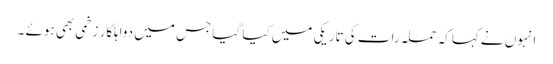
انہوں نے کہاکہ حملہ رات کی تاریکی میں کیا گیا جس میں دواہلکار زخمی بھی ہوئے ۔